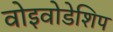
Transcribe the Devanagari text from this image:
वोइवोडेशिप